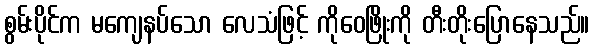
စွမ်းပိုင်က မကျေနပ်သော လေသံဖြင့် ကိုဝေဖြိုးကို တီးတိုးပြောနေသည်။